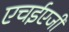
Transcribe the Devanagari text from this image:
एचईएजी